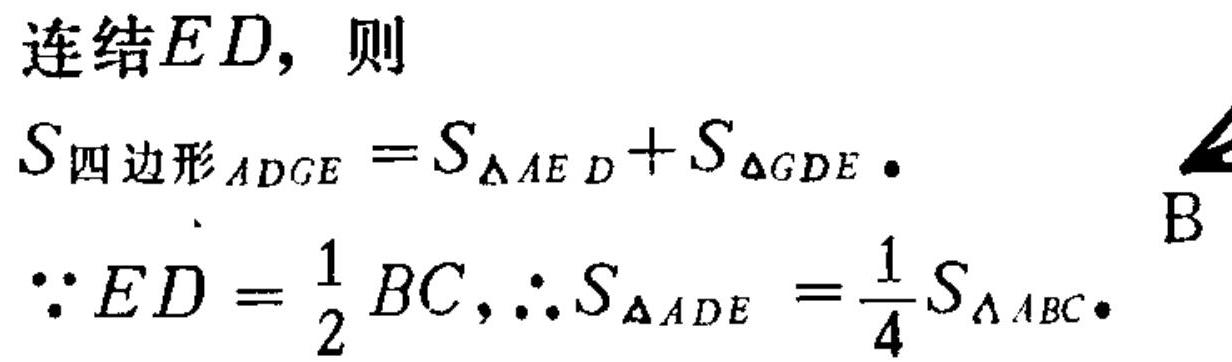
连结\(ED\)，则
\(S_{四边形ADGE}=S_{\triangle AED}+S_{\triangle GDE}.\)
\(\because ED = \frac{1}{2}BC,\therefore S_{\triangle ADE}=\frac{1}{4}S_{\triangle ABC}.\)